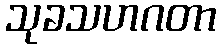
သုခသဟဂတာ